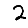
Digit: 2